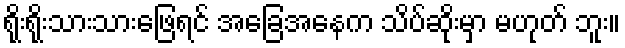
ရိုးရိုးသားသားဖြေရင် အခြေအနေက သိပ်ဆိုးမှာ မဟုတ် ဘူး။